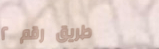
طريق رقم ٢